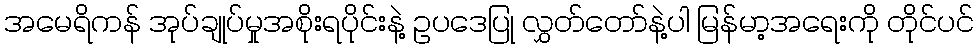
အမေရိကန် အုပ်ချုပ်မှုအစိုးရပိုင်းနဲ့ ဥပဒေပြု လွှတ်တော်နဲ့ပါ မြန်မာ့အရေးကို တိုင်ပင်